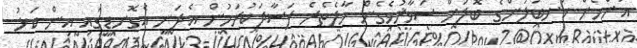
އަންހެން ކަނބަލުންގެ ބޮލަށް ސަވާޜުވެގެން މާލެތެރެ ފަސާދަކުރަމުން އެދަނީ އެގޮނޑީގައި އިން ކަޅު